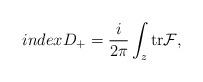
LaTeX: \begin{align*}indexD_{+} = \frac{i}{2 \pi} \int_{z} {\rm tr} {\cal F},\end{align*}